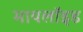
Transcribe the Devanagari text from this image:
मायलॉइड